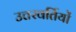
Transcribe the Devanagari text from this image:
उत्तरवर्तियों